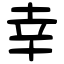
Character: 幸